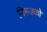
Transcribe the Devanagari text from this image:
मिस्जको